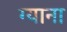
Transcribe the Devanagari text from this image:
ग्याना